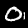
Label: 0